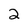
Character: 2